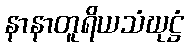
နာနာတူရိယသံဃုဋ္ဌံ